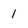
Character: 1